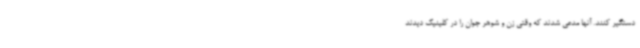
دستگیر کنند. آنها مدعی شدند که وقتی زن و شوهر جوان را در کلینیک دیدند